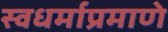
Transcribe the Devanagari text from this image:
स्वधर्माप्रमाणे